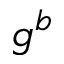
g ^ { b }